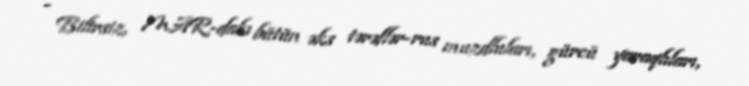
- Bilirsiz, MAR-dakı bütün əks tərəflər-rus muzdluları, gürcü yaraqlıları,